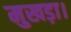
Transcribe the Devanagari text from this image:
मुखड़ा।